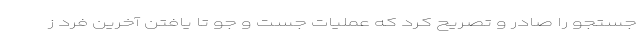
جستجو را صادر و تصریح کرد که عملیات جست و جو تا یافتن آخرین فرد ز